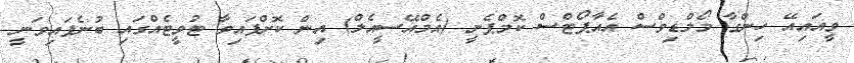
ވީއައިއޭ ހިންގާ މޯލްޑިވްސް އެއާޕޯޓްސް ކޮމްޕެނީ (އެމްއޭސީއެލް) އިން ކޮށްފައިވާ ޓުވީޓެއްގައި ބުނެފައިވަނީ